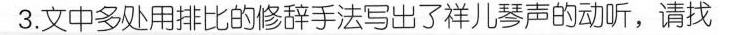
3.文中多处用排比的修辞手法写出了祥儿琴声的动听，请找